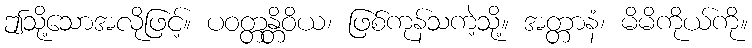
ဤသို့သောအလိုဖြင့်။ ပဝတ္တန္တိဝိယ၊ ဖြစ်ကုန်သကဲ့သို့။ အတ္တာနံ၊ မိမိကိုယ်ကို။